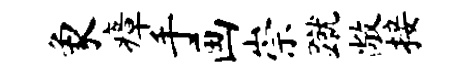
象瘴手画崇蹴敞接